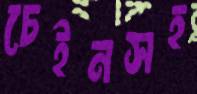
চেইনসহ